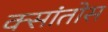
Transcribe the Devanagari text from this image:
क्सांतोस